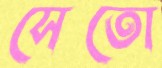
সেতো